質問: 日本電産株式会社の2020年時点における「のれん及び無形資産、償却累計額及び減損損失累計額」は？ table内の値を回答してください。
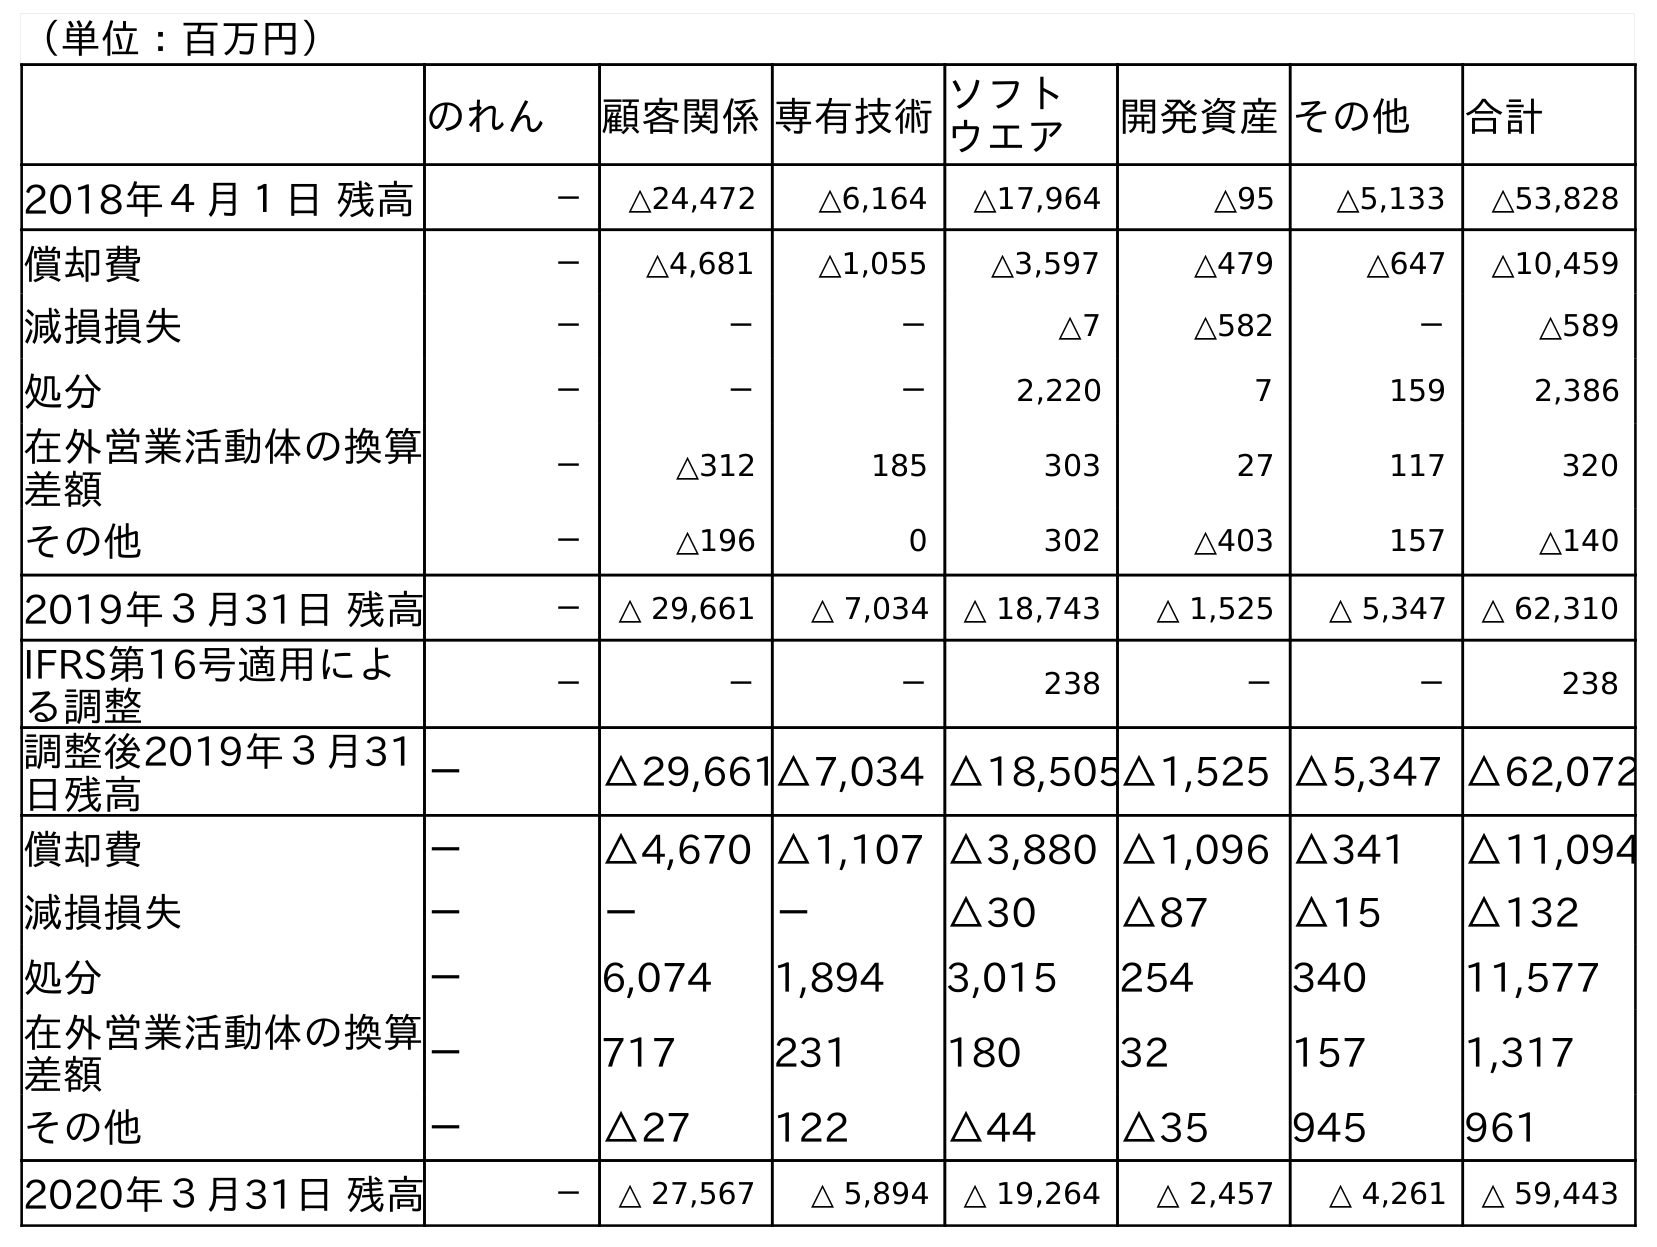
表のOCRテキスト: （単位：百万円） のれん 顧客関係専有技術ソフト ウエア 開発資産その他 合計 2018年４月１日 残高 － △24,472 △6,164 △17,964 △95 △5,133 △53,828 償却費 － △4,681 △1,055 △3,597 △479 △647 △10,459 減損損失 － － － △7 △582 － △589 処分 － － － 2,220 7 159 2,386 在外営業活動体の換算 差額 － △312 185 303 27 117 320 その他 － △196 0 302 △403 157 △140 2019年３月31日 残高 － △ 29,661 △ 7,034 △ 18,743 △ 1,525 △ 5,347 △ 62,310 IFRS第16号適用によ る調整 － － － 238 － － 238 調整後2019年３月31 日残高 － △29,661△7,034 △18,505△1,525 △5,347 △62,072 償却費 － △4,670 △1,107 △3,880 △1,096 △341 △11,094 減損損失 － － － △30 △87 △15 △132 処分 － 6,074 1,894 3,015 254 340 11,577 在外営業活動体の換算 差額 － 717 231 180 32 157 1,317 その他 － △27 122 △44 △35 945 961 2020年３月31日 残高 － △ 27,567 △ 5,894 △ 19,264 △ 2,457 △ 4,261 △ 59,443
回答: △59,443